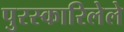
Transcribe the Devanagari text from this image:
पुरस्कारिलेले